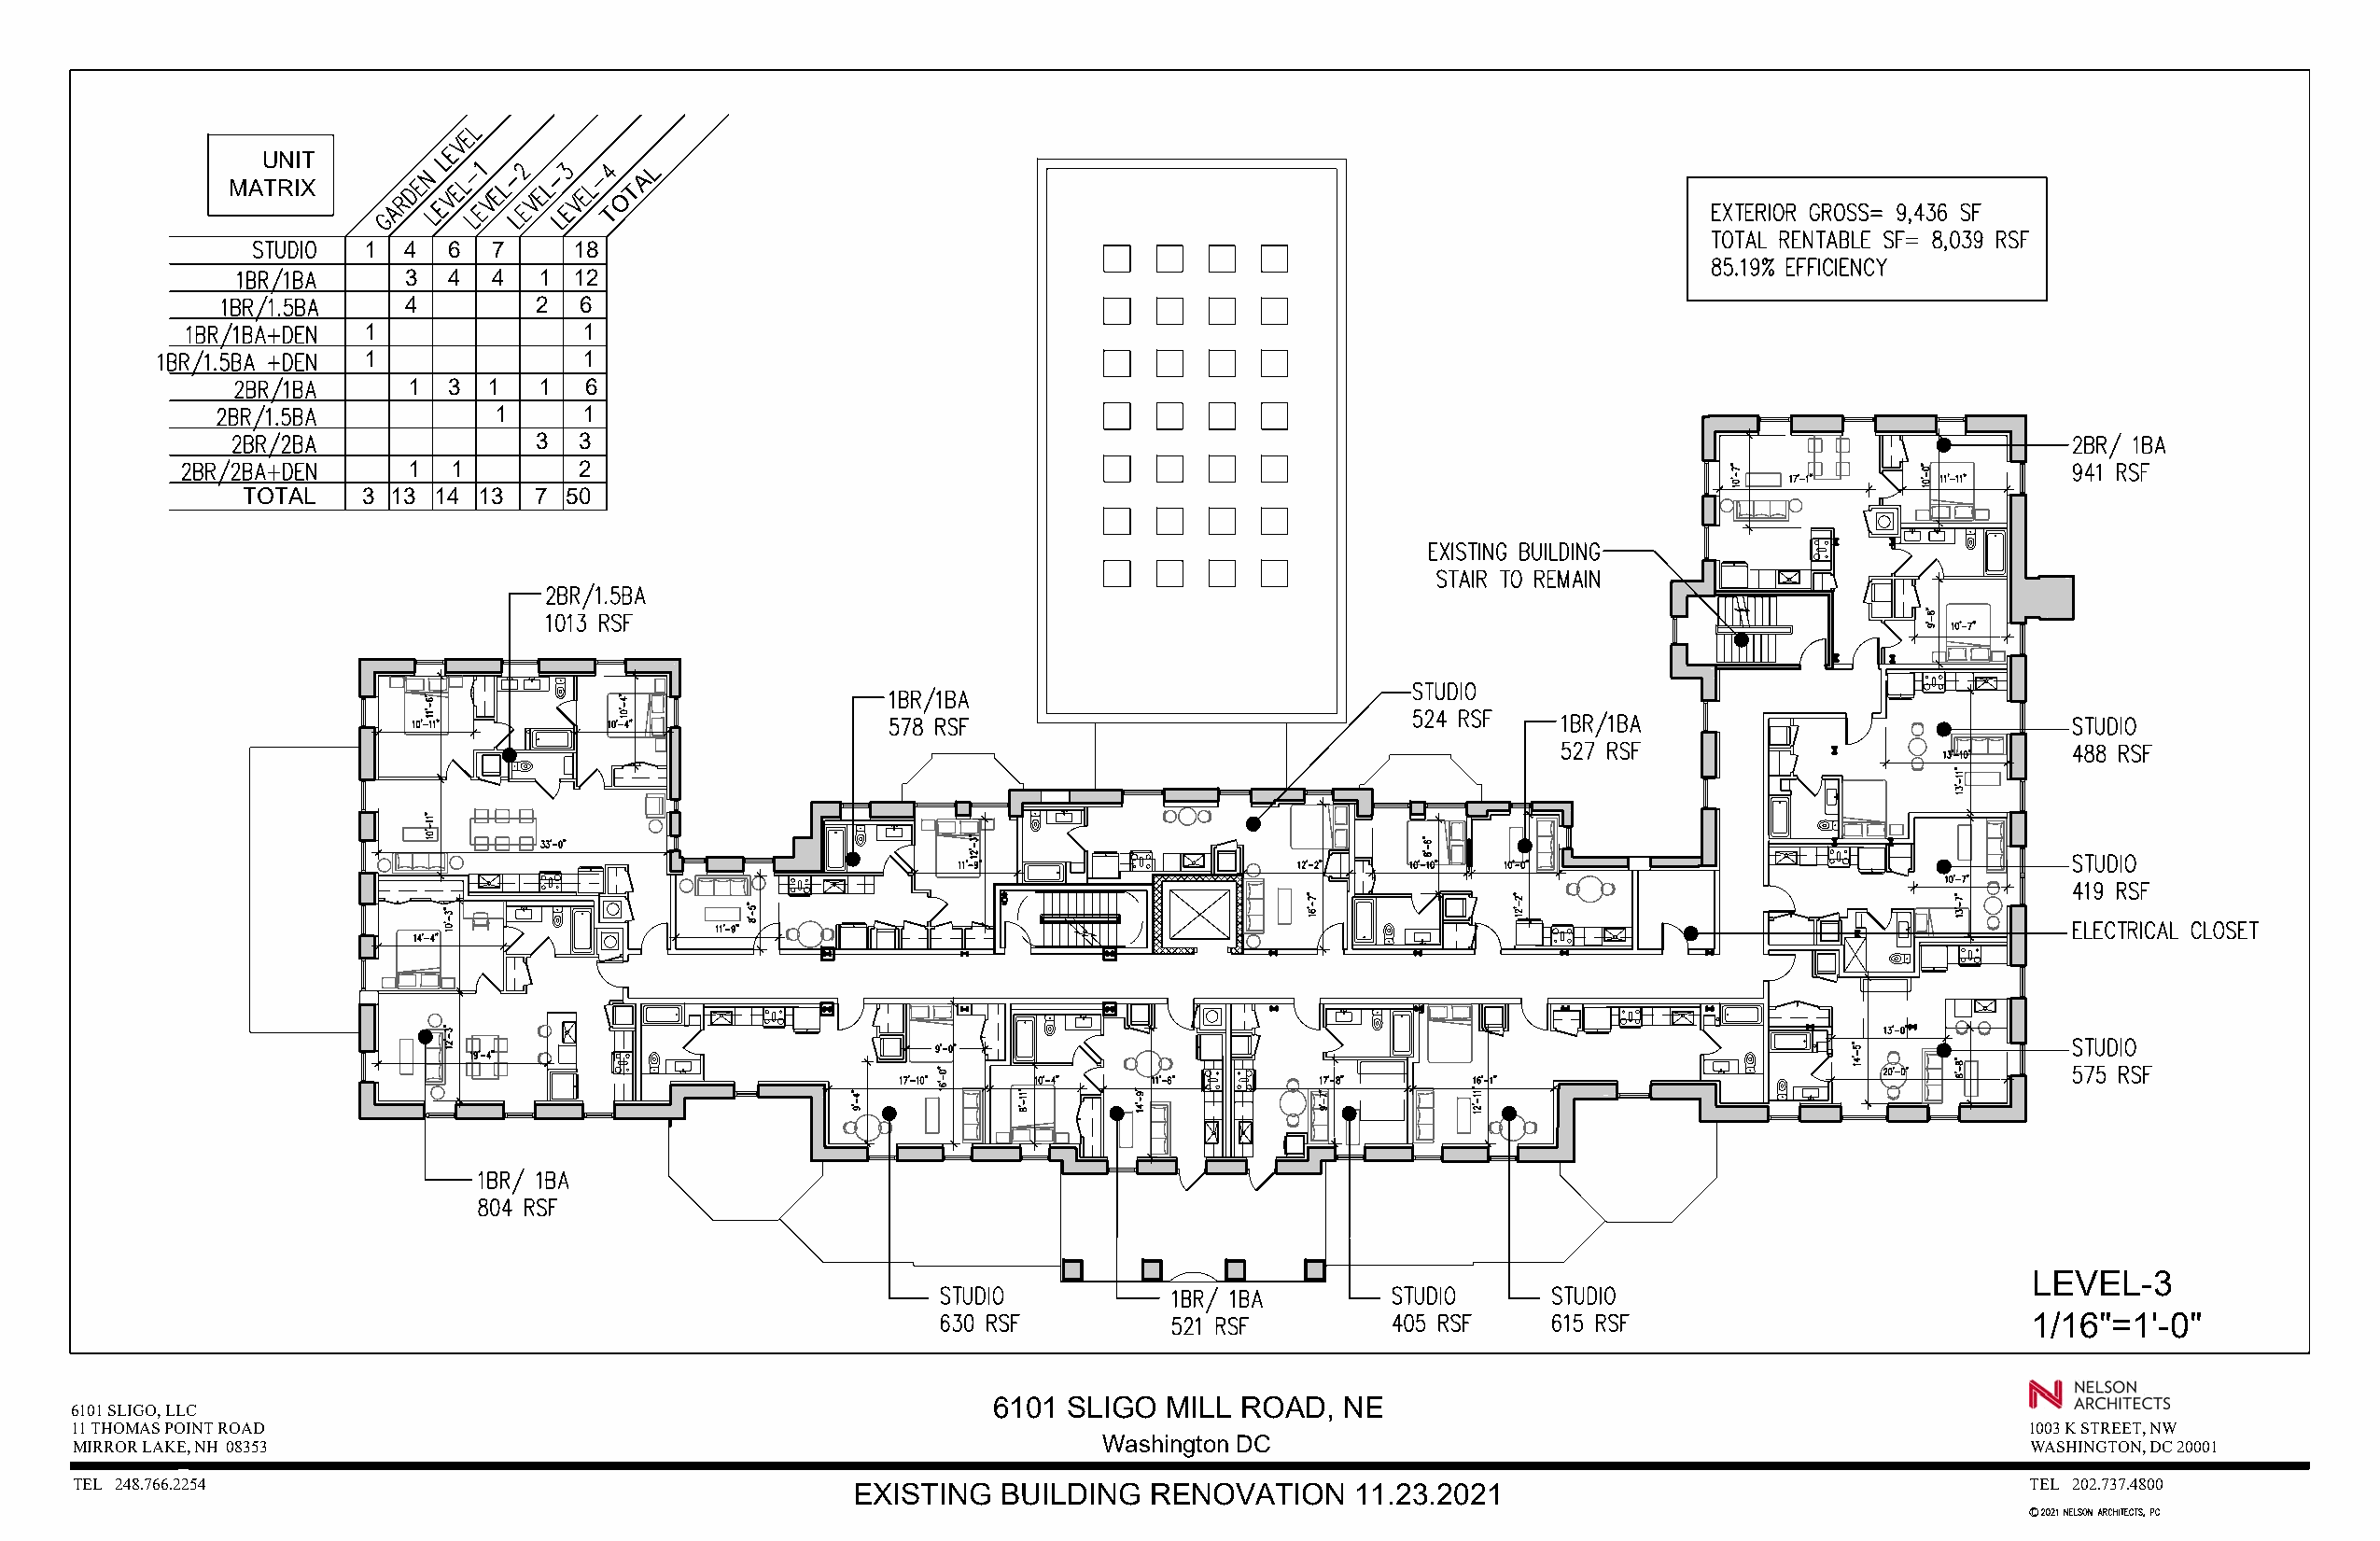
UNIT
 L
 A
 MATRIX                       T
 O
 T
 1  4  6  7     18
 3  4  4  1  12
 4        2  6
 1              1
 1              1
 1  3  1  1   6
 1     1
 3  3
 1  1        2
 TOTAL    3 13 14 13  7 50
 LEVEL-3
 1/16"=1'-0"
 66110011 SSLLIIGGOO MMIILLLL RROOAADD,, NNEE
 66110011 SSLLIIGGOO,, LLLLCC
 1111 TTHHOOMMAASS PPOOIINNTT RROOAADD                                                                                                      11000033 KK SSTTRREEEETT,, NNWW
 MMIIRRRROORR LLAAKKEE,, NNHH 0088335533                                  WWaasshhiinnggttoonn DDCC                                         WWAASSHHIINNGGTTOONN,, DDCC 2200000011
 TTEELL 224488..776666..22225544                        EEXXIISSTTIINNGG BBUUIILLDDIINNGG RREENNOOVVAATTIIOONN 1111..2233..22002211         TTEELL 220022..773377..44880000